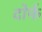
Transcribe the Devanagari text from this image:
दोर्फ